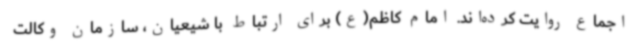
اجماع روایت کرده‌اند. امام کاظم(ع) برای ارتباط با شیعیان، سازمان وکالت